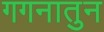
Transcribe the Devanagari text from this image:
गगनातुन